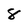
Character: 8